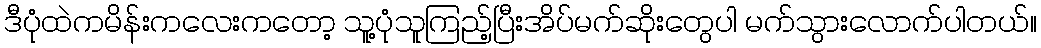
ဒီပုံထဲကမိန်းကလေးကတော့ သူ့ပုံသူကြည့်ပြီးအိပ်မက်ဆိုးတွေပါ မက်သွားလောက်ပါတယ်။